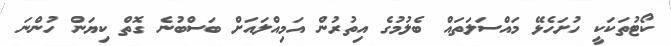
ކޯޓުތަކަކީ ހުށަހެޅޭ މައްސަލަތައް ބެލުމުގެ އިތުރުން އަމިއްލައަށް ބަސްބުނެ ގޮތް ކިޔަން ހުންނަ